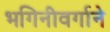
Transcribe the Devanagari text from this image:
भगिनीवर्गाने